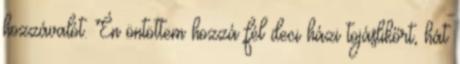
hozzávalót. Én öntöttem hozzá fél deci házi tojáslikőrt, hát